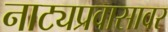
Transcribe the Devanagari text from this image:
नाट्यप्रवासावर